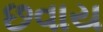
છવાય